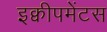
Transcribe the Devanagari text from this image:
इक्वीपमेंटस